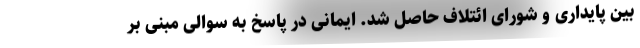
بین پایداری و شورای ائتلاف حاصل شد. ایمانی در پاسخ به سوالی مبنی بر